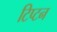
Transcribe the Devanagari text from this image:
टिप्टन